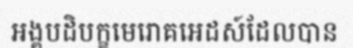
អង្គបដិបក្ខមេរោគអេដស៍ដែលបាន